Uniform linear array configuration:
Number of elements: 32
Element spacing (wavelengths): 0.25
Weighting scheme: hann
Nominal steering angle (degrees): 45
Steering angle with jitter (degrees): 46.133
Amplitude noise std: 0.05
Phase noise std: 0.05

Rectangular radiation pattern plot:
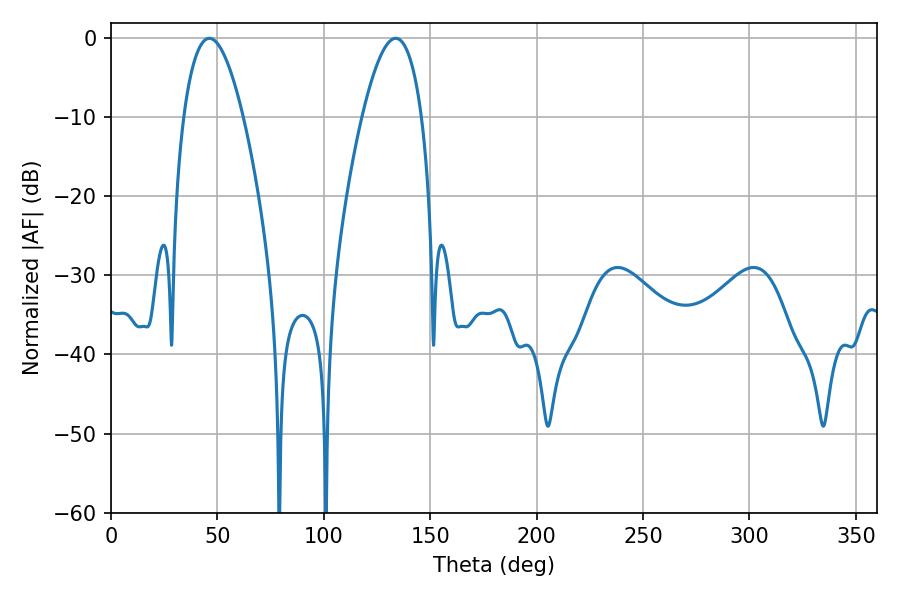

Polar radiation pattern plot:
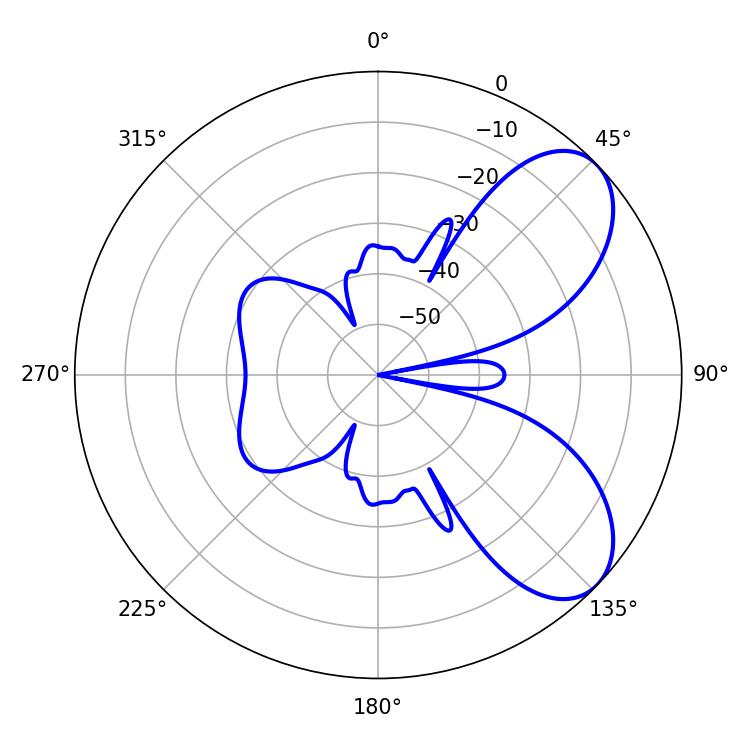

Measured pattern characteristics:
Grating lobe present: FALSE
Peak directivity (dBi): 6.785
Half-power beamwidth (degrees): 15.48
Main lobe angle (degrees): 46.26